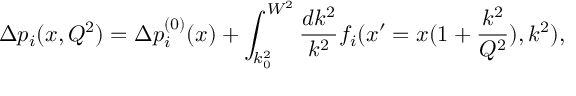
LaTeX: \Delta p _ { i } ( x , Q ^ { 2 } ) = \Delta p _ { i } ^ { ( 0 ) } ( x ) + \int _ { k _ { 0 } ^ { 2 } } ^ { W ^ { 2 } } { \frac { d k ^ { 2 } } { k ^ { 2 } } } f _ { i } ( x ^ { \prime } = x ( 1 + { \frac { k ^ { 2 } } { Q ^ { 2 } } } ) , k ^ { 2 } ) ,